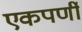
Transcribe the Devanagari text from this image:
एकपर्णी